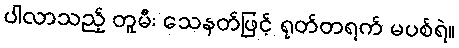
ပါလာသည့် တူမီး သေနတ်ဖြင့် ရုတ်တရက် မပစ်ရဲ။